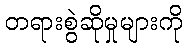
တရားစွဲဆိုမှုများကို